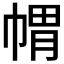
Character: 𭘪